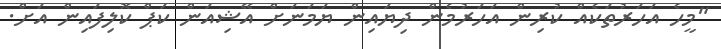
"މީހެ އަހަރުތަކެއް ކުރިން އަހަރުމެން ދިޔައިން ޔަމަނަށް އޭޝިއަން ކަޕް ކޮލިފައިން އަށް.